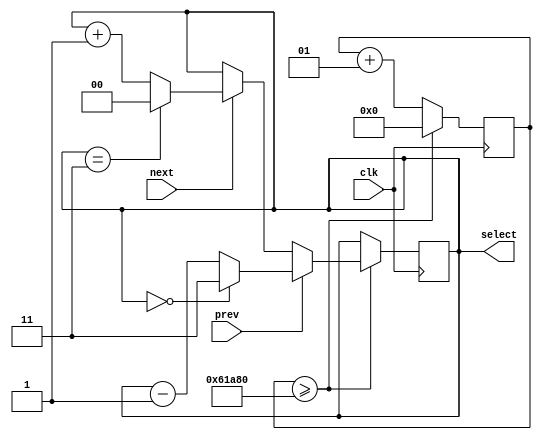
module MP3_Switch_Music(
    input clk,
    input prev,
    input next,
    output reg[1:0] select=0
    );
    localparam SONG_NUM=4;
    integer clk_count=400000; //0.4MHz
    always@(posedge clk)
    begin
        if(clk_count>=400000)
            begin
            clk_count<=0;
            if(prev)
                select<=(select==2'b00)? SONG_NUM-1: select-2'b01;
            else if(next)
                select<=(select==SONG_NUM-1)? 2'b000: select+2'b01;
            end
        else
            clk_count<=clk_count+1;
    end
endmodule